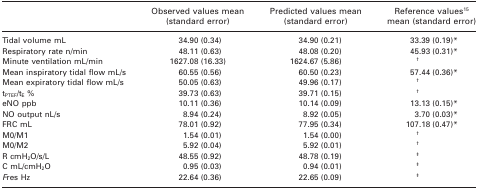
<table><thead><tr><td>[EMPTY_CELL]</td><td><b>Observed values mean (standard error)</b></td><td><b>Predicted values mean (standard error)</b></td><td><b>Reference values15 mean (standard error)</b></td></tr></thead><tbody><tr><td>Tidal volume mL</td><td>34.90 (0.34)</td><td>34.90 (0.21)</td><td>33.39 (0.19)*</td></tr><tr><td>Respiratory rate n/min</td><td>48.11 (0.63)</td><td>48.08 (0.20)</td><td>45.93 (0.31)*</td></tr><tr><td>Minute ventilation mL/min</td><td>1627.08 (16.33)</td><td>1624.67 (5.86)</td><td>†</td></tr><tr><td>Mean inspiratory tidal flow mL/s</td><td>60.55 (0.56)</td><td>60.50 (0.23)</td><td>57.44 (0.36)*</td></tr><tr><td>Mean expiratory tidal flow mL/s</td><td>50.05 (0.63)</td><td>49.96 (0.17)</td><td>†</td></tr><tr><td>t<sub>PTEF</sub>/t<sub>E</sub> %</td><td>39.73 (0.63)</td><td>39.71 (0.15)</td><td>†</td></tr><tr><td>eNO ppb</td><td>10.11 (0.36)</td><td>10.14 (0.09)</td><td>13.13 (0.15)*</td></tr><tr><td>NO output nL/s</td><td>8.94 (0.24)</td><td>8.92 (0.05)</td><td>3.70 (0.03)*</td></tr><tr><td>FRC mL</td><td>78.01 (0.92)</td><td>77.95 (0.34)</td><td>107.18 (0.47)*</td></tr><tr><td>M0/M1</td><td>1.54 (0.01)</td><td>1.54 (0.00)</td><td>†</td></tr><tr><td>M0/M2</td><td>5.92 (0.04)</td><td>5.92 (0.01)</td><td>†</td></tr><tr><td>R cmH<sub>2</sub>O/s/L</td><td>48.55 (0.92)</td><td>48.78 (0.19)</td><td>‡</td></tr><tr><td>C mL/cmH<sub>2</sub>O</td><td>0.95 (0.03)</td><td>0.94 (0.01)</td><td>‡</td></tr><tr><td><i>F</i>res Hz</td><td>22.64 (0.36)</td><td>22.65 (0.09)</td><td>‡</td></tr></tbody></table>